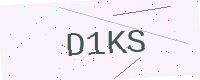
Text: D1KS